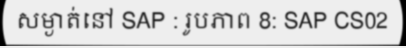
សម្ងាត់នៅ SAP : រូបភាព 8: SAP CS02